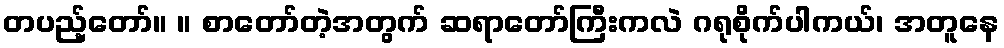
တပည့်တော်။ ။ စာတော်တဲ့အတွက် ဆရာတော်ကြီးကလဲ ဂရုစိုက်ပါကယ်၊ အတူနေ